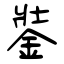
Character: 銺